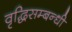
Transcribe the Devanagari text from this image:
वृद्धिसम्बन्धी